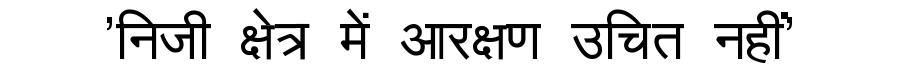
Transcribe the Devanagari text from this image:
'निजी क्षेत्र में आरक्षण उचित नहीं'